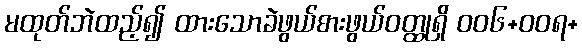
မထုတ်ဘဲထည့်၍ ထားသောခဲဖွယ်စားဖွယ်ဝတ္ထုရှိ ဝဝ၆+ဝဝရ+